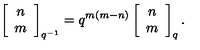
\left[ \begin{array} { c } { n } \\ { m } \\ \end{array} \right] _ { q ^ { - 1 } } = q ^ { m ( m - n ) } \left[ \begin{array} { c } { n } \\ { m } \\ \end{array} \right] _ { q } .